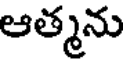
ఆత్మను